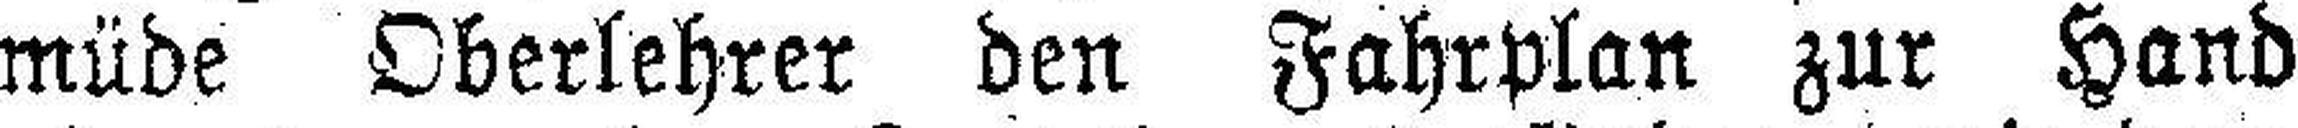
müde Oberlehrer den Fahrplan zur Hand